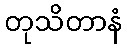
တုသိတာနံ